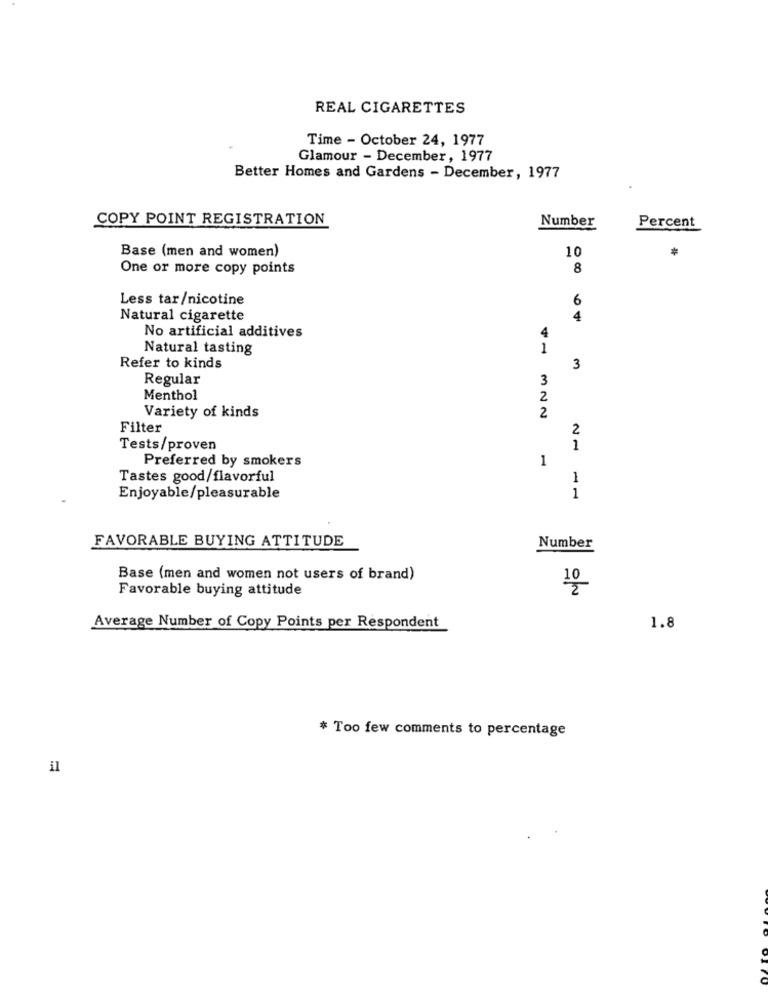
REAL CIGARETTES
Time - October 24, 1977
Glamour - December, 1977
Better Homes and Gardens - December, 1977
COPY POINT REGISTRATION
Number
Percent
Base (men and women)
10
One or more copy points
8
Less tar/nicotine
6
Natural cigarette
4
No artificial additives
Natural tasting
1
Refer to kinds
3
Regular
3
Menthol
2
2
Variety of kinds
Filter
2
Tests/proven
1
Preferred by smokers
1
Tastes good/flavorful
1
Enjoyable/pleasurable
1
FAVORABLE BUYING ATTITUDE
Number
Base (men and women not users of brand)
Favorable buying attitude
10
Average Number of Copy Points per Respondent
1.8
* Too few comments to percentage
il